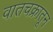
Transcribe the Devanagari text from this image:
वातचक्रातून